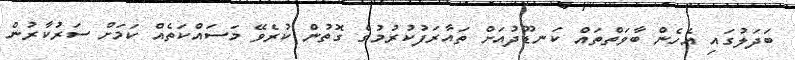
ބަދަލުގައި އެހެން ބާވަތްތައް ކަނޑޫދުއަށް ތައާރަފުކުރުމުގެ ގޮތުން ކުރެވޭ މަސައްކަތެއް ކަމަށް ސަރުކާރުން